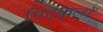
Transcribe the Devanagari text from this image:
पितृकुलों